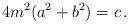
LaTeX: \begin{align*}4m^2(a^2+b^2)=c\,.\end{align*}